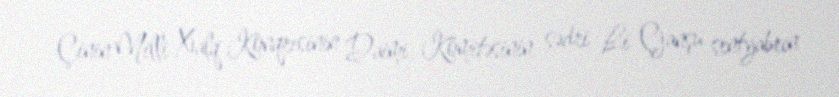
Çinin Milli Xalq Konqresinin Daimi Komitəsinin sədri Li Çjanşu sentyabrın